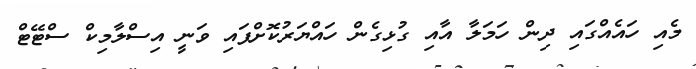
މެއި ހައެއްގައި ދިން ހަމަލާ އާއި ގުޅިގެން ހައްޔަރުކޮށްފައި ވަނީ އިސްލާމިކް ސްޓޭޓް